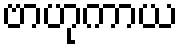
ဗာဟုကာယ